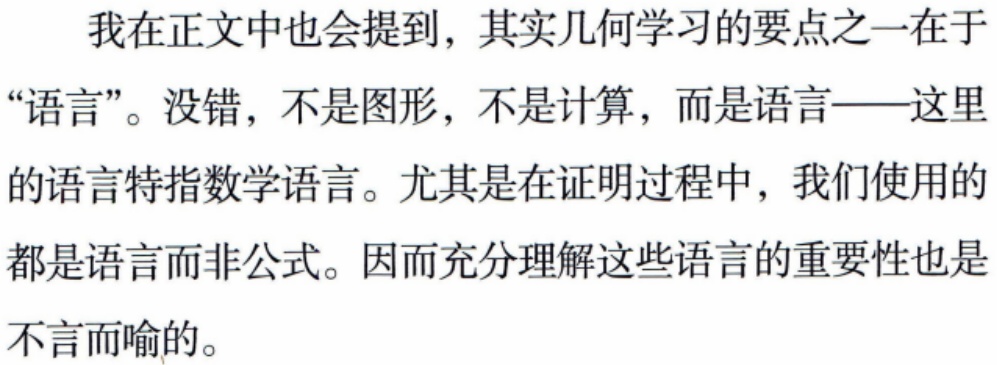
我在正文中也会提到，其实几何学习的要点之一在于“语言”。没错，不是图形，不是计算，而是语言——这里的语言特指数学语言。尤其是在证明过程中，我们使用的都是语言而非公式。因而充分理解这些语言的重要性也是不言而喻的。